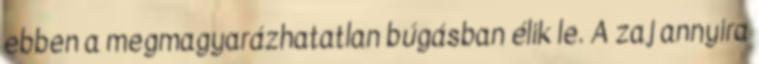
ebben a megmagyarázhatatlan búgásban élik le. A zaj annyira